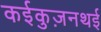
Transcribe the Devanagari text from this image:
कईकुज़नथई